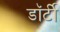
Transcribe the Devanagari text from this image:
डॉर्टी